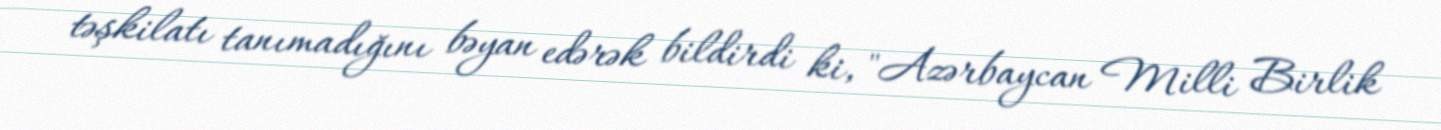
təşkilatı tanımadığını bəyan edərək bildirdi ki, "Azərbaycan Milli Birlik